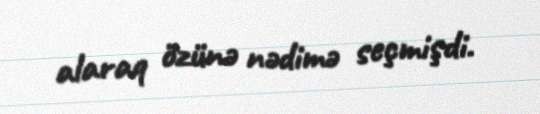
alaraq özünə nədimə seçmişdi.